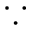
\because